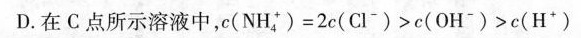
D.在C点所示溶液中，$$c ( N H _ { 4 } ^ { + } ) = 2 c ( C l ^ { - } ) > c ( O H ^ { - } ) > c ( H ^ { + } )$$